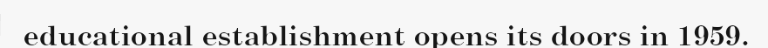
educational establishment opens its doors in 1959.